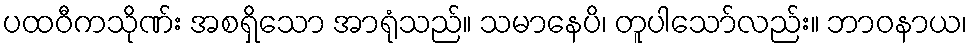
ပထဝီကသိုဏ်း အစရှိသော အာရုံသည်။ သမာနေပိ၊ တူပါသော်လည်း။ ဘာဝနာယ၊